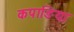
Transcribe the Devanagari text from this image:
कपाङिया